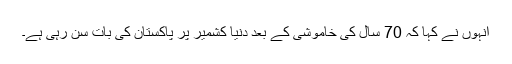
انہوں نے کہا کہ 70 سال کی خاموشی کے بعد دنیا کشمیر پر پاکستان کی بات سن رہی ہے۔